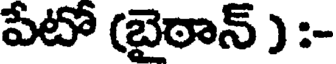
పేటో (బైఠాన్ ) :-